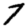
Digit: 7